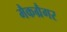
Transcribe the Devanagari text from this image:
मैकग्रैगर